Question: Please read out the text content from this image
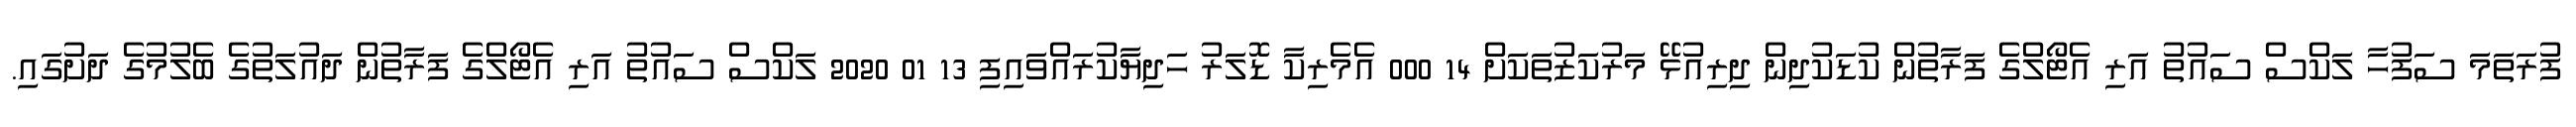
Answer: ފުރަތަމަ ސަފުހާ ލަކްސް ސައުތު އަރި އެޓޯލްގެ ފަރާތުން ކުޑަކުދިން ދިރިއުޅޭ މަރުކަޒުތަކަށް 14 000 އެމެރިކާ ޑޮލަރު ހަދިޔާކުރައްވައިފި 13 01 2020 ލަކްސް ސައުތު އަރި އެޓޯލްގެ ފަރާތުން ދައުލަތުގެ ބެލުމުގެ ދަށުގައި.